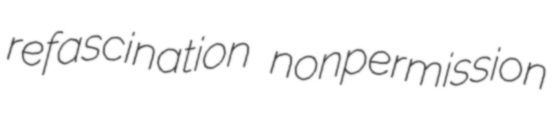
refascination nonpermission